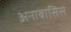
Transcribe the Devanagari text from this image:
अनाबासिस